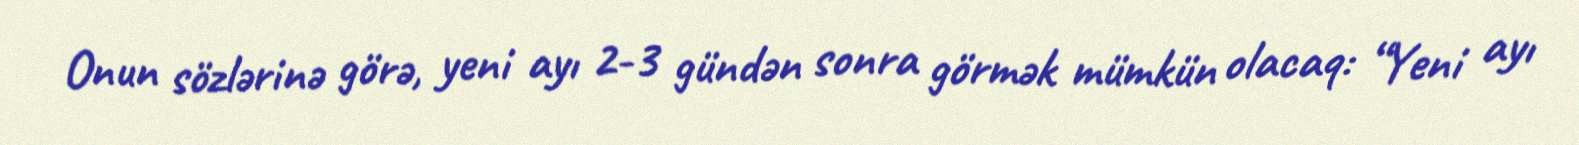
Onun sözlərinə görə, yeni ayı 2-3 gündən sonra görmək mümkün olacaq: “Yeni ayı